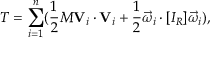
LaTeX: T = \sum _ { i = 1 } ^ { n } ( { \frac { 1 } { 2 } } M \mathbf { V } _ { i } \cdot \mathbf { V } _ { i } + { \frac { 1 } { 2 } } { \vec { \omega } } _ { i } \cdot [ I _ { R } ] { \vec { \omega } } _ { i } ) ,